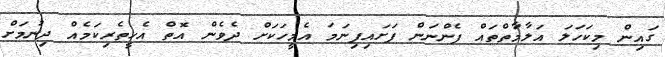
ގައިން މިކަހަލަ އަލާމަާތްތައް ފެންނަން ފަށައިފިނަމަ އެމީހަކަށް ދެވެން އޮތް އެހީތެރިކަމެއް ދިނުމަށް